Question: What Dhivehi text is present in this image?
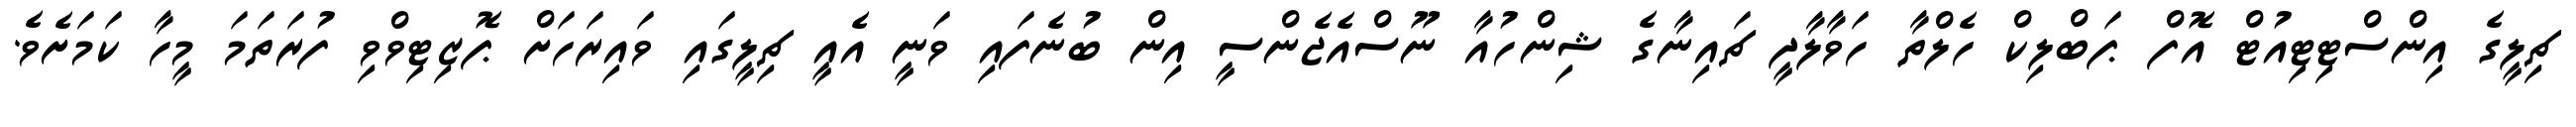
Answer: ޗިލީގެ އިންސްޓިޓިއުޓް އޮފް ޕަބްލިކް ހެލްތާ ހަވާލާދީ ޗައިނާގެ ޝިންހުއާ ނޫސްއެޖެންސީ އިން ބުނެފައި ވަނީ އެއީ ޗިލީގައި ވައިރަހަށް ޕޮޒިޓިވްވި ފުރަތަމަ މީހާ ކަމަށެވެ.